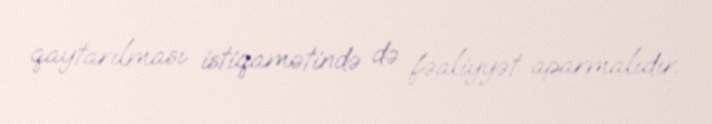
qaytarılması istiqamətində də fəaliyyət aparmalıdır.